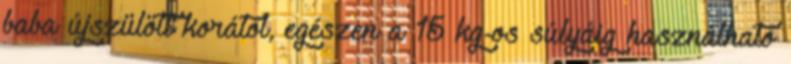
baba újszülött korától, egészen a 15 kg-os súlyáig használható